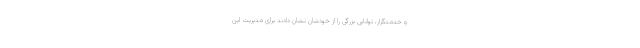
و خدمتگزار، توانایی بزرگی را از خودشان نشان دادند برای مدیریّت این